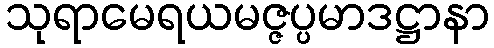
သုရာမေရယမဇ္ဇပ္ပမာဒဋ္ဌာနာ